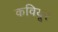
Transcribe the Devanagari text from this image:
कवियूर